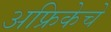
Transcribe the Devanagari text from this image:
अफ्रिकेचे